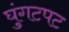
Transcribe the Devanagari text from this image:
घुंगटपट